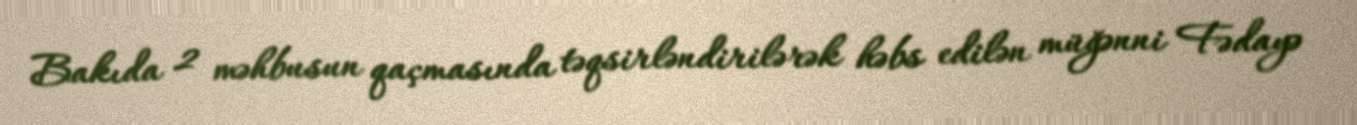
Bakıda 2 məhbusun qaçmasında təqsirləndirilərək həbs edilən müğənni Fədayə